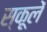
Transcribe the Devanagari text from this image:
स्कूलें